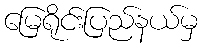
မြေရိုင်းပြည်နယ်မှ